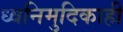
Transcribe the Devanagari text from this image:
ध्वनिमुदिकाही